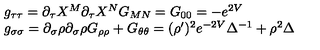
\begin{array} { l } { g _ { \tau \tau } = \partial _ { \tau } X ^ { M } \partial _ { \tau } X ^ { N } G _ { M N } = G _ { 0 0 } = - e ^ { 2 V } } \\ { g _ { \sigma \sigma } = \partial _ { \sigma } \rho \partial _ { \sigma } \rho G _ { \rho \rho } + G _ { \theta \theta } = ( \rho ^ { \prime } ) ^ { 2 } e ^ { - 2 V } \Delta ^ { - 1 } + \rho ^ { 2 } \Delta } \\ \end{array}